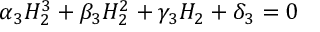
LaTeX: \alpha _ { 3 } H _ { 2 } ^ { 3 } + \beta _ { 3 } H _ { 2 } ^ { 2 } + \gamma _ { 3 } H _ { 2 } + \delta _ { 3 } = 0